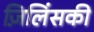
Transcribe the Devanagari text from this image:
ज़िलिंसकी